Scottish Leaving Certificate Examination, 1953
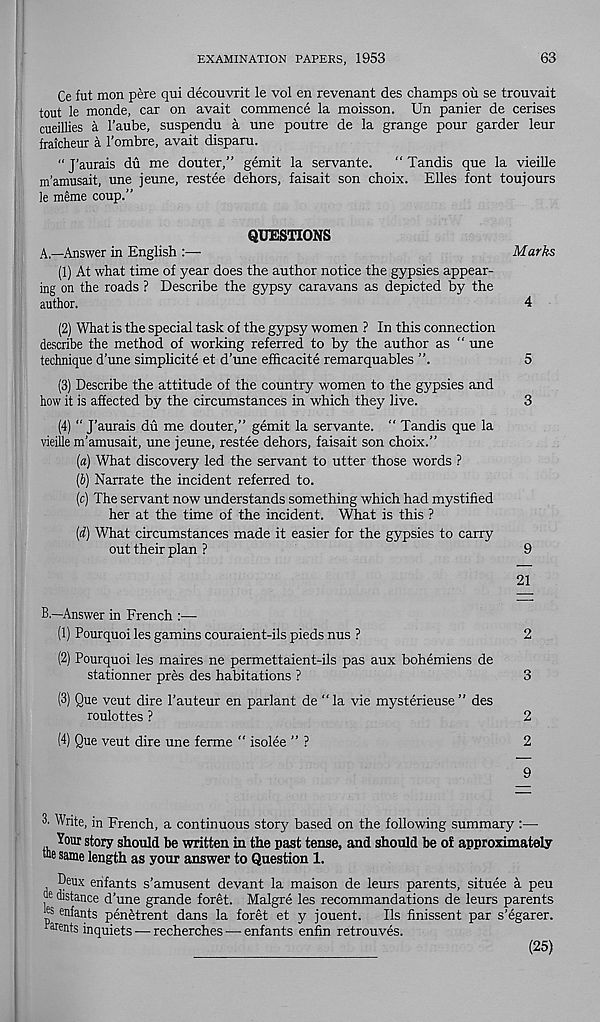
EXAMINATION PAPERS, 1953
63
Ce fut mon pere qui decouvrit le vol en revenant des champs ou se trouvait
tout le monde, car on avait commence la moisson. Un panier de cerises
cueillies a I’aube, suspendu a une poutre de la grange pour garder leur
fraicheur a I’ombre, avait disparu.
“ J’aurais du me douter,” gemit la servante. “ Tandis que la vieille
m’amusait, une jeune, restee dehors, faisait son choix. Elies font toujours
le meme coup.”
QUESTIONS
A—Answer in English :—
Marks
(1) At what time of year does the author notice the gypsies appear-
ing on the roads ? Describe the gypsy caravans as depicted by the
author.
4
(2) What is the special task of the gypsy women ? In this connection
describe the method of working referred to by the author as “ une
technique d’une simplicite et d’une efhcacite remarquables ”.
5
(3) Describe the attitude of the country women to the gypsies and
how it is affected by the circumstances in which they live.
3
(4) “ J’aurais du me douter,” gemit la servante. “ Tandis que la
vieille m’amusait, une jeune, restee dehors, faisait son choix.”
(а) What discovery led the servant to utter those words ?
(б) Narrate the incident referred to.
(c) The servant now understands something which had mystified
her at the time of the incident. What is this ?
(d) What circumstances made it easier for the gypsies to carry
out their plan ?
9
21
B.—Answer in French
(1) Pourquoi les gamins couraient-ils pieds nus ?
2
(2) Pourquoi les maires ne permettaient-ils pas aux bohemiens de
stationner pres des habitations ?
3
(3) Que veut dire 1’auteur en parlant de “la vie mysterieuse” des
roulottes ?
2
(4) Que veut dire une ferme “ isolee ” ?
2
9
3. Write, in French, a continuous story based on the following summary :—
Your story should be written in the past tense, and should be of approximately
toe same length as your answer to Question 1.
Deux enfants s’amusent devant la maison de leurs parents, situee a peu
I distance d’une grande foret. Malgre les recommandations de leurs parents
mfants penetrent dans la foret et y jouent. Us finissent par s’egarer.
^ents inquiets — recherches — enfants enfin retrouves.
(25)